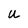
Character: U